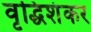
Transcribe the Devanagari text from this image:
वृद्धिशंकर